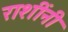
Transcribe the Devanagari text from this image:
राशींनी